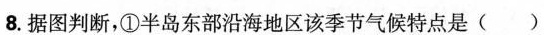
8.据图判断，①半岛东部沿海地区该季节气候特点是()